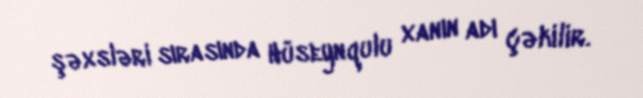
şəxsləri sırasında Hüseynqulu xanın adı çəkilir.